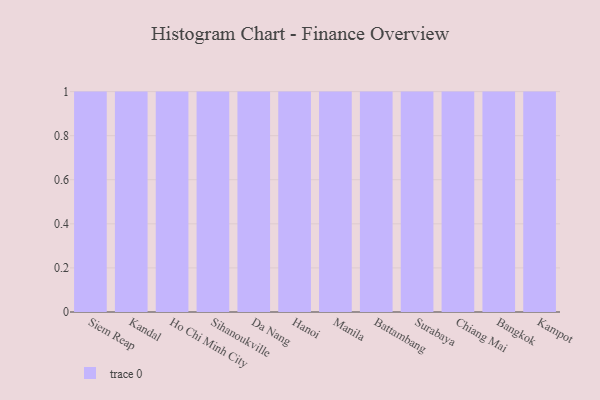
{"axis": {"x": "City", "y": "Satisfaction Score"}, "legend": [""], "data": [{"x": "Siem Reap", "y": 94, "type": ""}, {"x": "Kandal", "y": 72, "type": ""}, {"x": "Ho Chi Minh City", "y": 63, "type": ""}, {"x": "Sihanoukville", "y": 20, "type": ""}, {"x": "Da Nang", "y": 14, "type": ""}, {"x": "Hanoi", "y": 53, "type": ""}, {"x": "Manila", "y": 59, "type": ""}, {"x": "Battambang", "y": 39, "type": ""}, {"x": "Surabaya", "y": 61, "type": ""}, {"x": "Chiang Mai", "y": 59, "type": ""}, {"x": "Bangkok", "y": 34, "type": ""}, {"x": "Kampot", "y": 5, "type": ""}]}